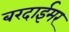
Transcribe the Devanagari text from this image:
बरदाईमर